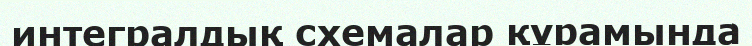
интегралдық схемалар құрамында